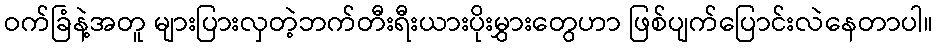
ဝက်ခြံနဲ့အတူ များပြားလှတဲ့ဘက်တီးရီးယားပိုးမွှားတွေဟာ ဖြစ်ပျက်ပြောင်းလဲနေတာပါ။